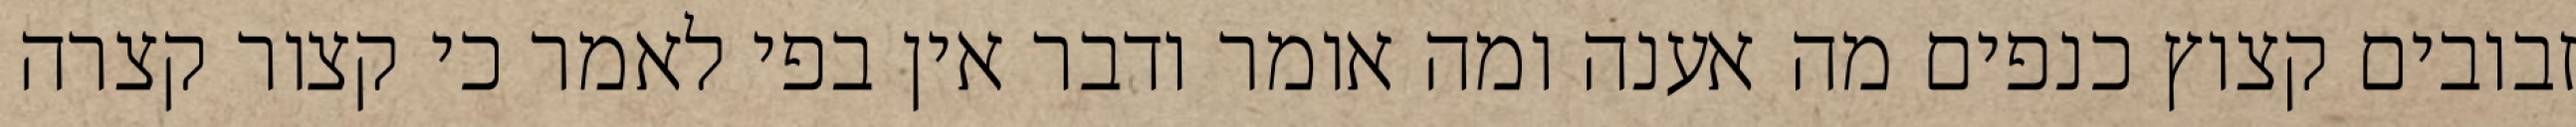
זבובים קצוץ כנפים מה אענה ומה אומר ודבר אין בפי לאמר כי קצור קצרה